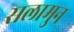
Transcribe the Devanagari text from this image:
सलामुन